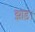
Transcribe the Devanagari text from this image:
झाड़।